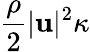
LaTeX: \frac{\rho}{2}|\mathbf u|^{2}\kappa